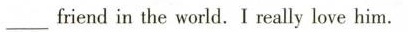
___friend in the world. I really love him.